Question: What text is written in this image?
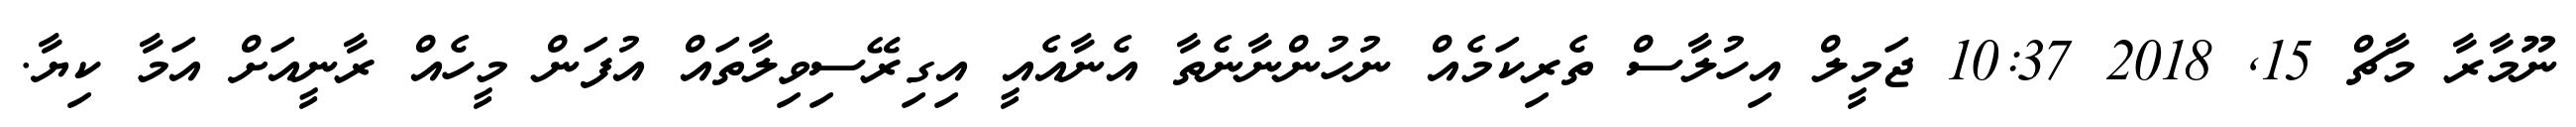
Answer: ނޫމާރާ މާޗް 15, 2018 10:37 ޖަމީލް އިހުލާސް ތެރިކަމެއް ނުހުންނާނެތާ އެނާއެއީ އިގިރޭސިވިލާތައް އުފަން މީހެއް ރާނީއަށް އަމާ ކިޔާ.